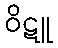
ဝိဋူ